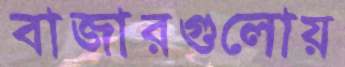
বাজারগুলোয়